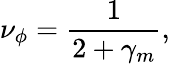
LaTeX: \nu_{\phi}=\frac{1}{2+\gamma_{m}},